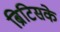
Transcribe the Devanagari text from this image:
ब्रिटिसके